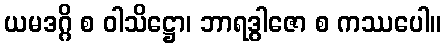
ယမဒဂ္ဂိ စ ဝါသိဋ္ဌော၊ ဘာရဒွါဇော စ ကဿပေါ။